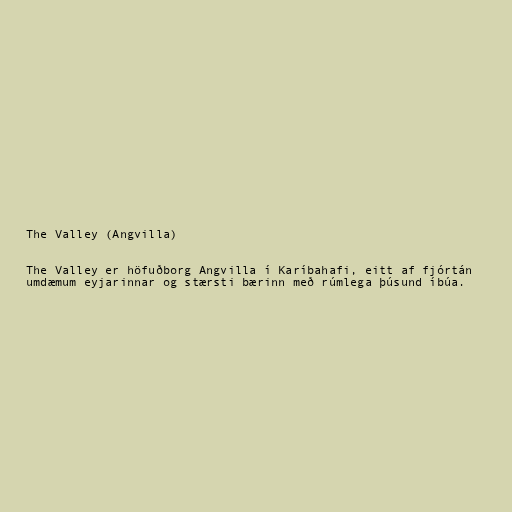
The Valley (Angvilla)

The Valley er höfuðborg Angvilla í Karíbahafi, eitt af fjórtán
umdæmum eyjarinnar og stærsti bærinn með rúmlega þúsund íbúa.